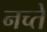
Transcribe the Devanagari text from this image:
नच्ते